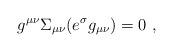
LaTeX: \begin{align*}g^{\mu\nu}\Sigma_{\mu\nu}(e^{\sigma}g_{\mu\nu})=0~,\end{align*}